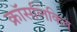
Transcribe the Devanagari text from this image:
क्रॉसलिंकित